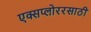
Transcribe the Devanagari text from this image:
एक्सप्लोररसाठी